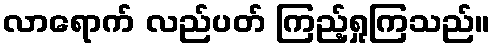
လာရောက် လည်ပတ် ကြည့်ရှုကြသည်။